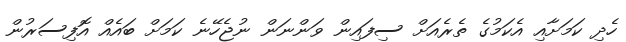
ހެދި ކަމަށާއި އެކަމުގެ ތެރެއަށް ސިފައިން ވަންނަން ނުޖެހޭނެ ކަމަށް ބައެއް އޮފިސަރުން